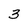
Character: 3